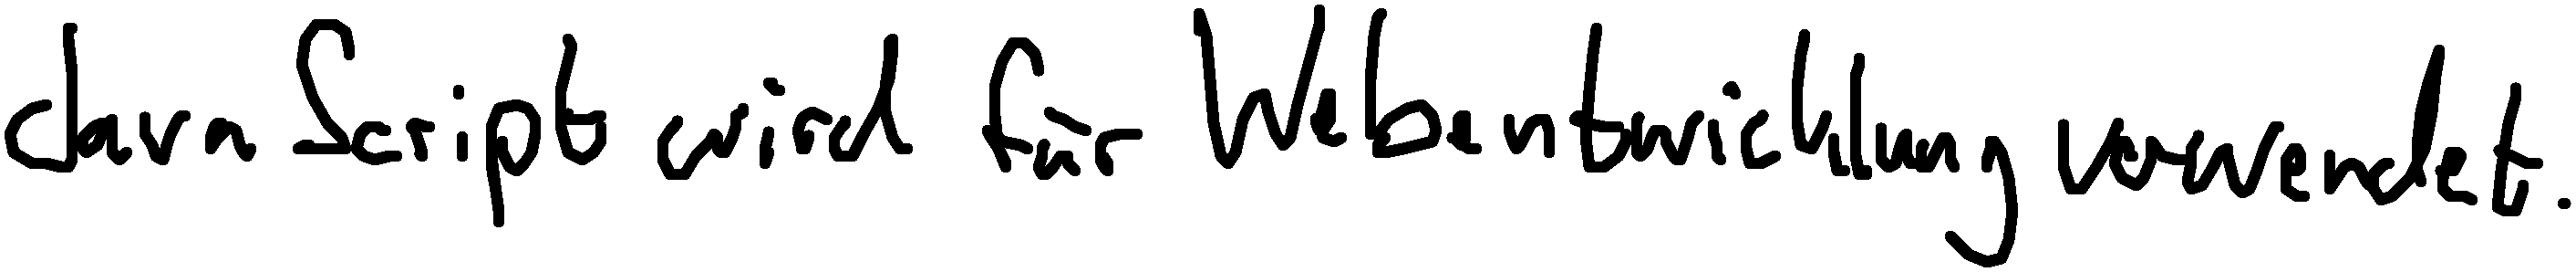
JavaScript wird für Webentwicklung verwendet.